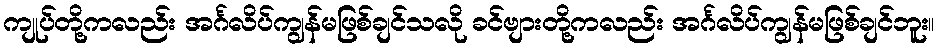
ကျုပ်တို့ကလည်း အင်္ဂလိပ်ကျွန်မဖြစ်ချင်သလို ခင်ဗျားတို့ကလည်း အင်္ဂလိပ်ကျွန်မဖြစ်ချင်ဘူး။